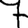
Digit: 7